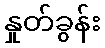
နှုတ်ခွန်း